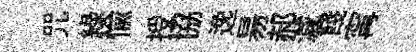
咒緑愉授協𨓜昜郝減餞𡩋